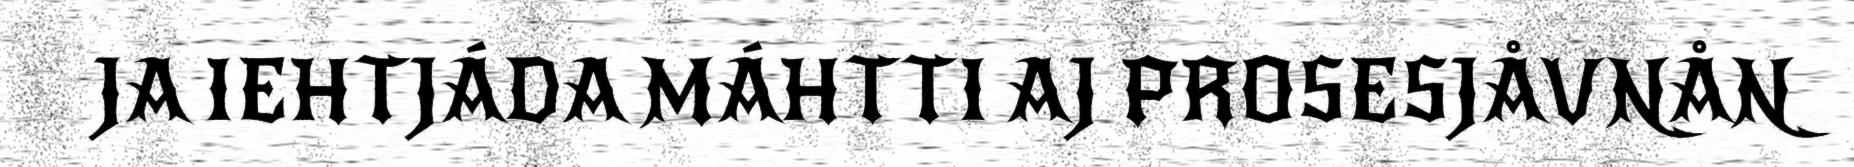
JA IEHTJÁDA MÁHTTI AJ PROSESJÅVNÅN